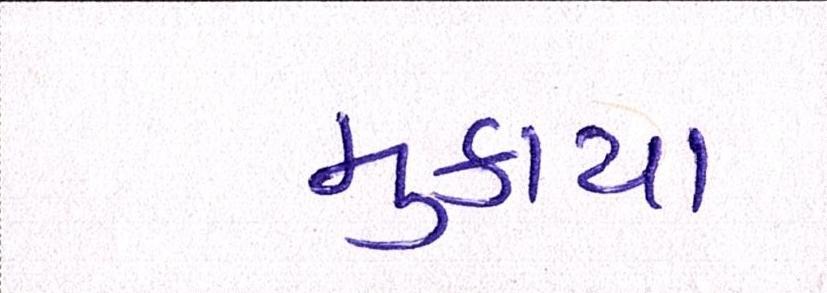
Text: મુકાયા